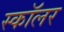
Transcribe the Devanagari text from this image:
स्काॅलर